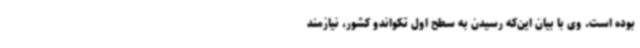
بوده است. وی با بیان این‌که رسیدن به سطح اول تکواندو کشور، نیازمند